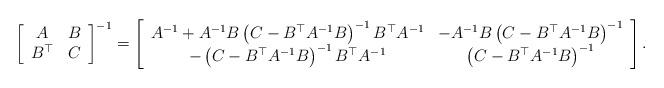
LaTeX: \begin{align*}\left[\begin{array}{cc}A & B\\B^{\top} & C\end{array}\right]^{-1}=\left[\begin{array}{cc}A^{-1}+A^{-1}B\left(C-B^{\top}A^{-1}B\right)^{-1}B^{\top}A^{-1} & -A^{-1}B\left(C-B^{\top}A^{-1}B\right)^{-1}\\-\left(C-B^{\top}A^{-1}B\right)^{-1}B^{\top}A^{-1} & \left(C-B^{\top}A^{-1}B\right)^{-1}\end{array}\right].\end{align*}